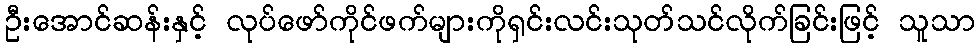
ဦးအောင်ဆန်းနှင့် လုပ်ဖော်ကိုင်ဖက်များကိုရှင်းလင်းသုတ်သင်လိုက်ခြင်းဖြင့် သူသာ